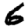
Digit: 6